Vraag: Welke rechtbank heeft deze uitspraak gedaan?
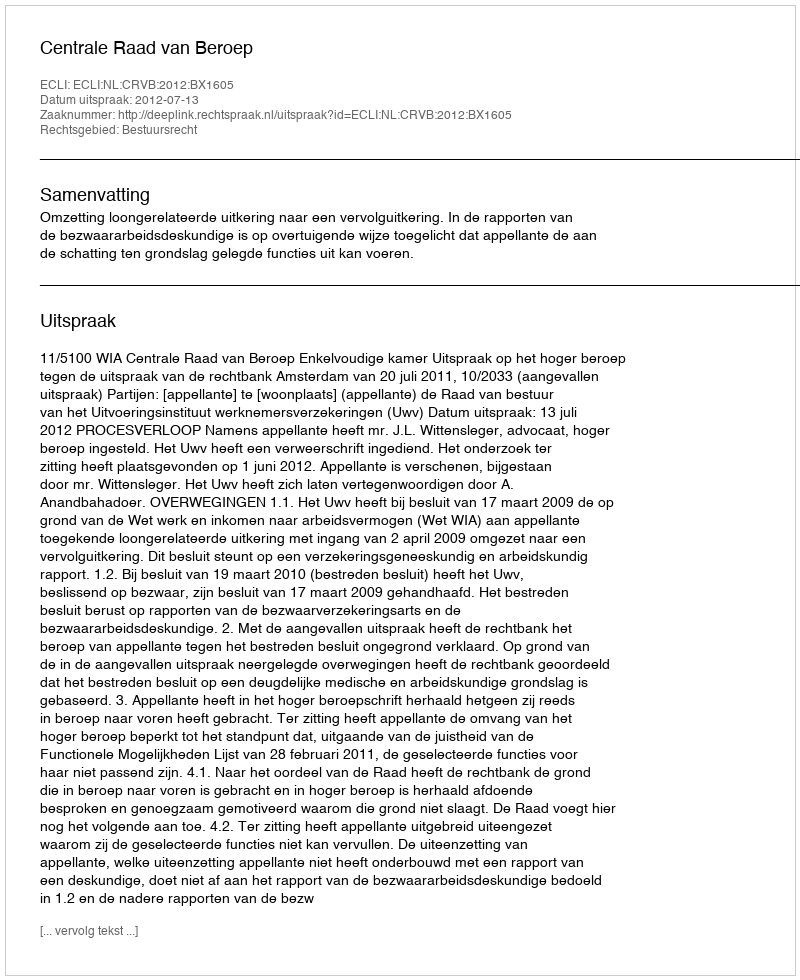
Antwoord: Centrale Raad van Beroep